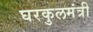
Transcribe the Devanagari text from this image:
घरकुलमंत्री